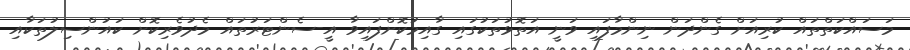
މަސައްކަތްތައް ކުރިއަށް ގެންދަން ނިންމާފައި ވަނީ އަތޮޅުތަކުގައި ގާއިމުކޮށްފައިވާ އީ-ސެންޓަރުތައް މެދުވެރިކޮށް ކައުންސިލުތަކާއި